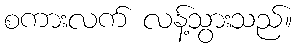
စကားလက် လန့်သွားသည်။